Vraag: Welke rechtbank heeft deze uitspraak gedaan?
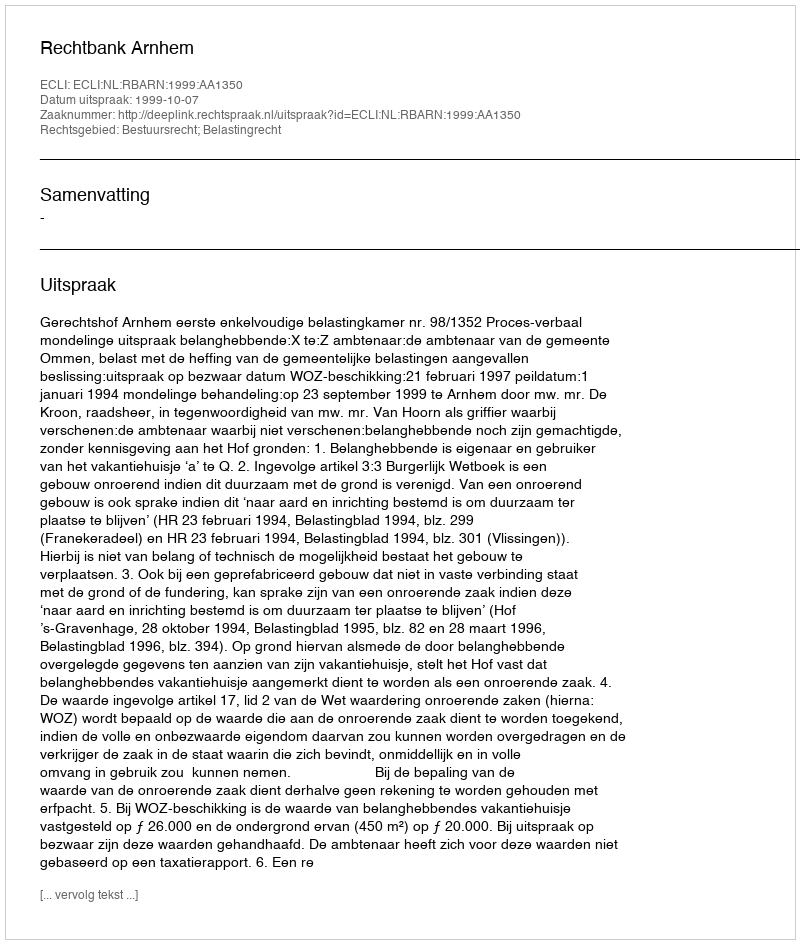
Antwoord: Rechtbank Arnhem